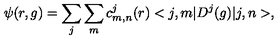
\psi ( r , g ) = \sum _ { j } \sum _ { m } c _ { m , n } ^ { j } ( r ) < j , m | D ^ { j } ( g ) | j , n > ,